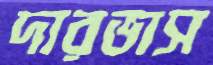
দারভাস